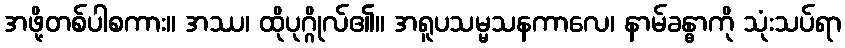
အဖို့တစ်ပါစကား။ အဿ၊ ထိုပုဂ္ဂိုလ်၏။ အရူပသမ္မသနကာလေ၊ နာမ်ခန္ဓာကို သုံးသပ်ရာ